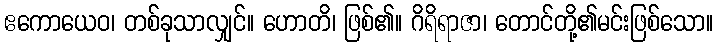
ဧကောယေဝ၊ တစ်ခုသာလျှင်။ ဟောတိ၊ ဖြစ်၏။ ဂိရိရာဇာ၊ တောင်တို့၏မင်းဖြစ်သော။